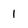
Character: 1